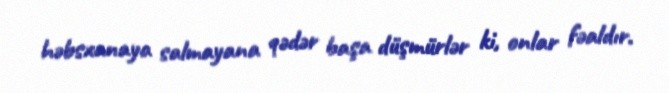
həbsxanaya salmayana qədər başa düşmürlər ki, onlar fəaldır.